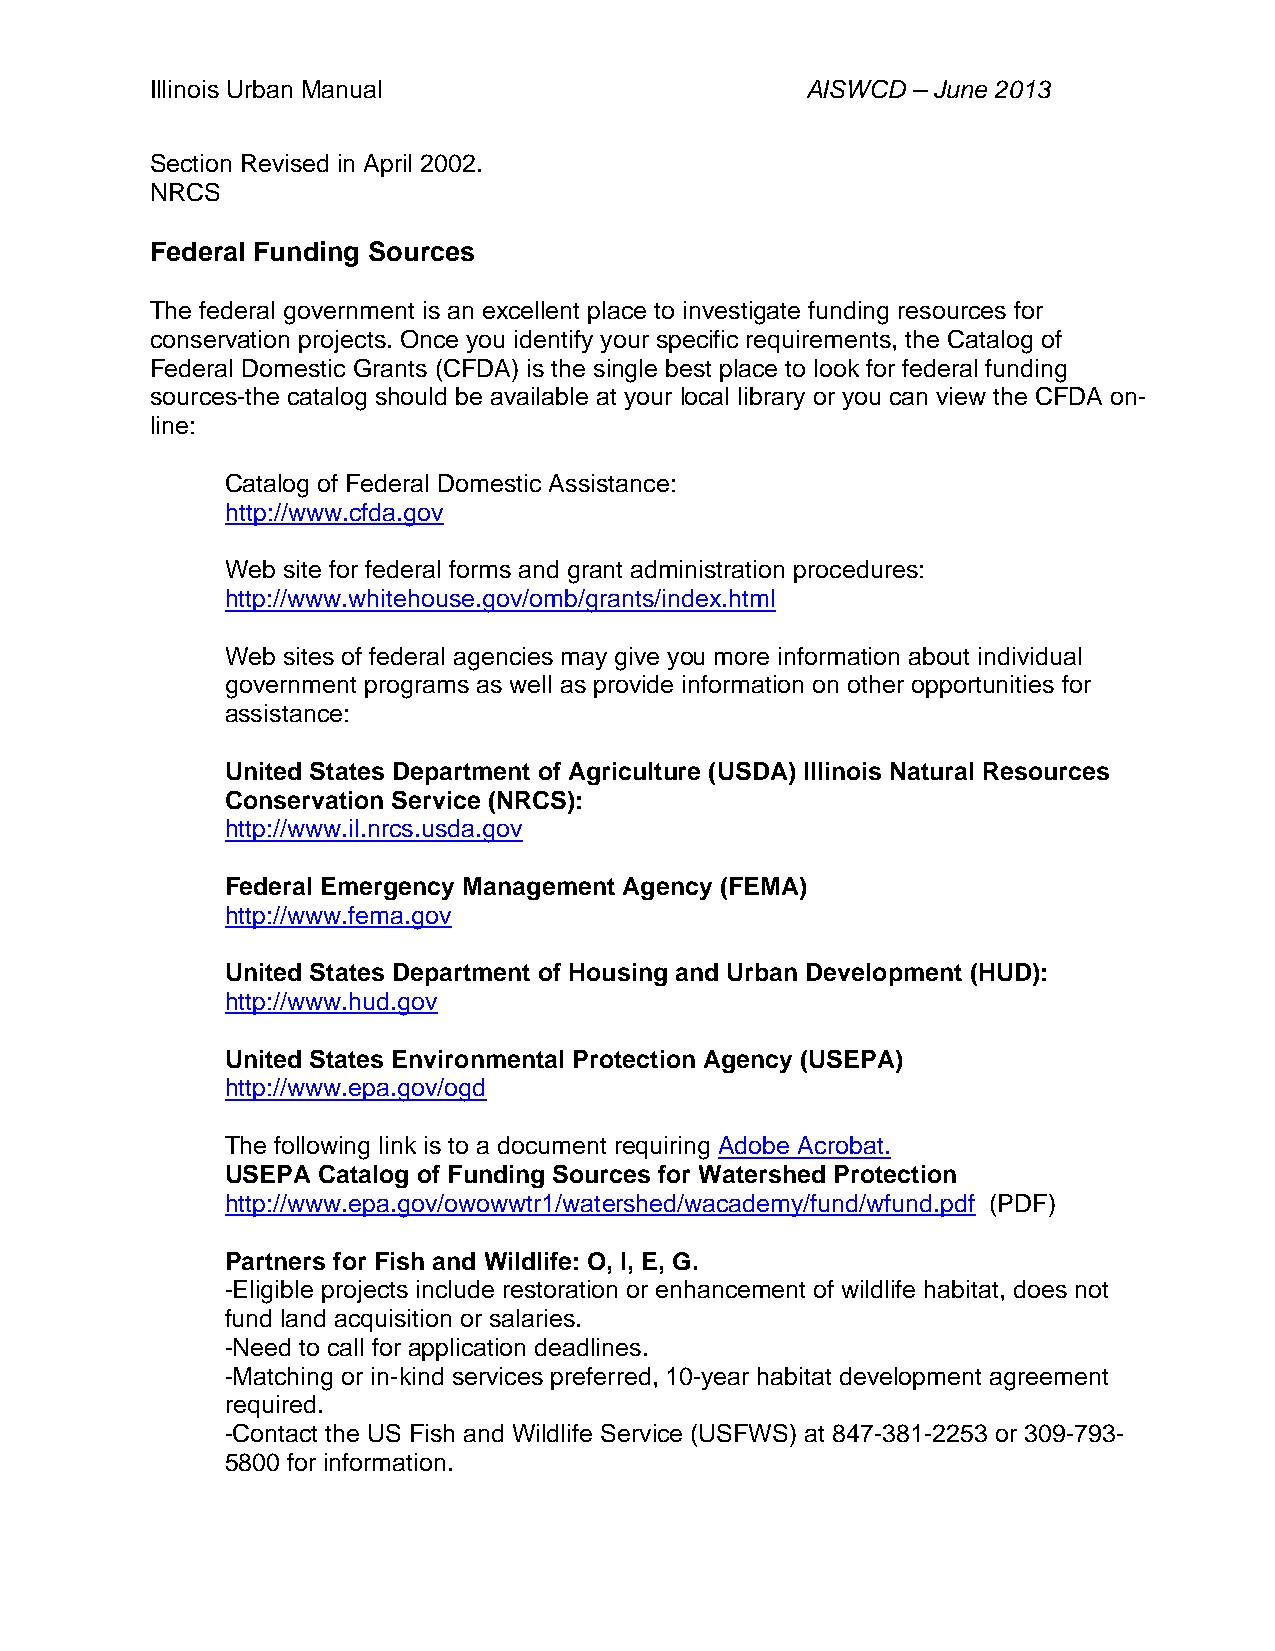
Illinois Urban Manual                      AISWCD – June 2013
 Section Revised in April 2002.
 NRCS
 Federal Funding Sources
 The federal government is an excellent place to investigate funding resources for
 conservation projects. Once you identify your specific requirements, the Catalog of
 Federal Domestic Grants (CFDA) is the single best place to look for federal funding
 sources-the catalog should be available at your local library or you can view the CFDA on-
 line:
 Catalog of Federal Domestic Assistance:
 http://www.cfda.gov
 Web site for federal forms and grant administration procedures:
 http://www.whitehouse.gov/omb/grants/index.html
 Web sites of federal agencies may give you more information about individual
 government programs as well as provide information on other opportunities for
 assistance:
 United States Department of Agriculture (USDA) Illinois Natural Resources
 Conservation Service (NRCS):
 http://www.il.nrcs.usda.gov
 Federal Emergency Management Agency (FEMA)
 http://www.fema.gov
 United States Department of Housing and Urban Development (HUD):
 http://www.hud.gov
 United States Environmental Protection Agency (USEPA)
 http://www.epa.gov/ogd
 The following link is to a document requiring Adobe Acrobat.
 USEPA Catalog of Funding Sources for Watershed Protection
 http://www.epa.gov/owowwtr1/watershed/wacademy/fund/wfund.pdf (PDF)
 Partners for Fish and Wildlife: O, I, E, G.
 -Eligible projects include restoration or enhancement of wildlife habitat, does not
 fund land acquisition or salaries.
 -Need to call for application deadlines.
 -Matching or in-kind services preferred, 10-year habitat development agreement
 required.
 -Contact the US Fish and Wildlife Service (USFWS) at 847-381-2253 or 309-793-
 5800 for information.